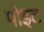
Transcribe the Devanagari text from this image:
पोइट